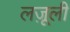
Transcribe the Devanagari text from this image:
लजू़ली